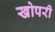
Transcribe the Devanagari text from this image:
खोपरी